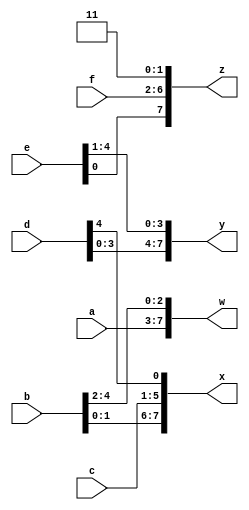
// 32  4  8 
//https://hdlbits.01xz.net/wiki/Vector3
module top_module (
    input [4:0] a, b, c, d, e, f,
    output [7:0] w, x, y, z );//

    // assign { ... } = { ... };
    assign w = {a,b[4:2]};
    assign x = {b[1:0],c,d[4]};
    assign y = {d[3:0],e[4:1]};
    assign z = {e[0],f,2'b11};
endmodule